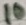
Text: 10